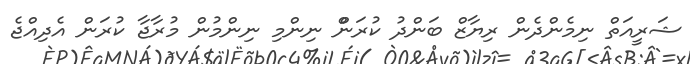
ޝަރީއަތް ނިމެންދެން ރިޔާޒް ބަންދު ކުރަންް ނިންމި ނިންމުން މުރާޖާ ކުރަން އެދިއްޖެ